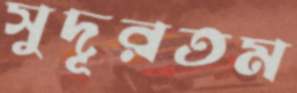
সুদূরতম